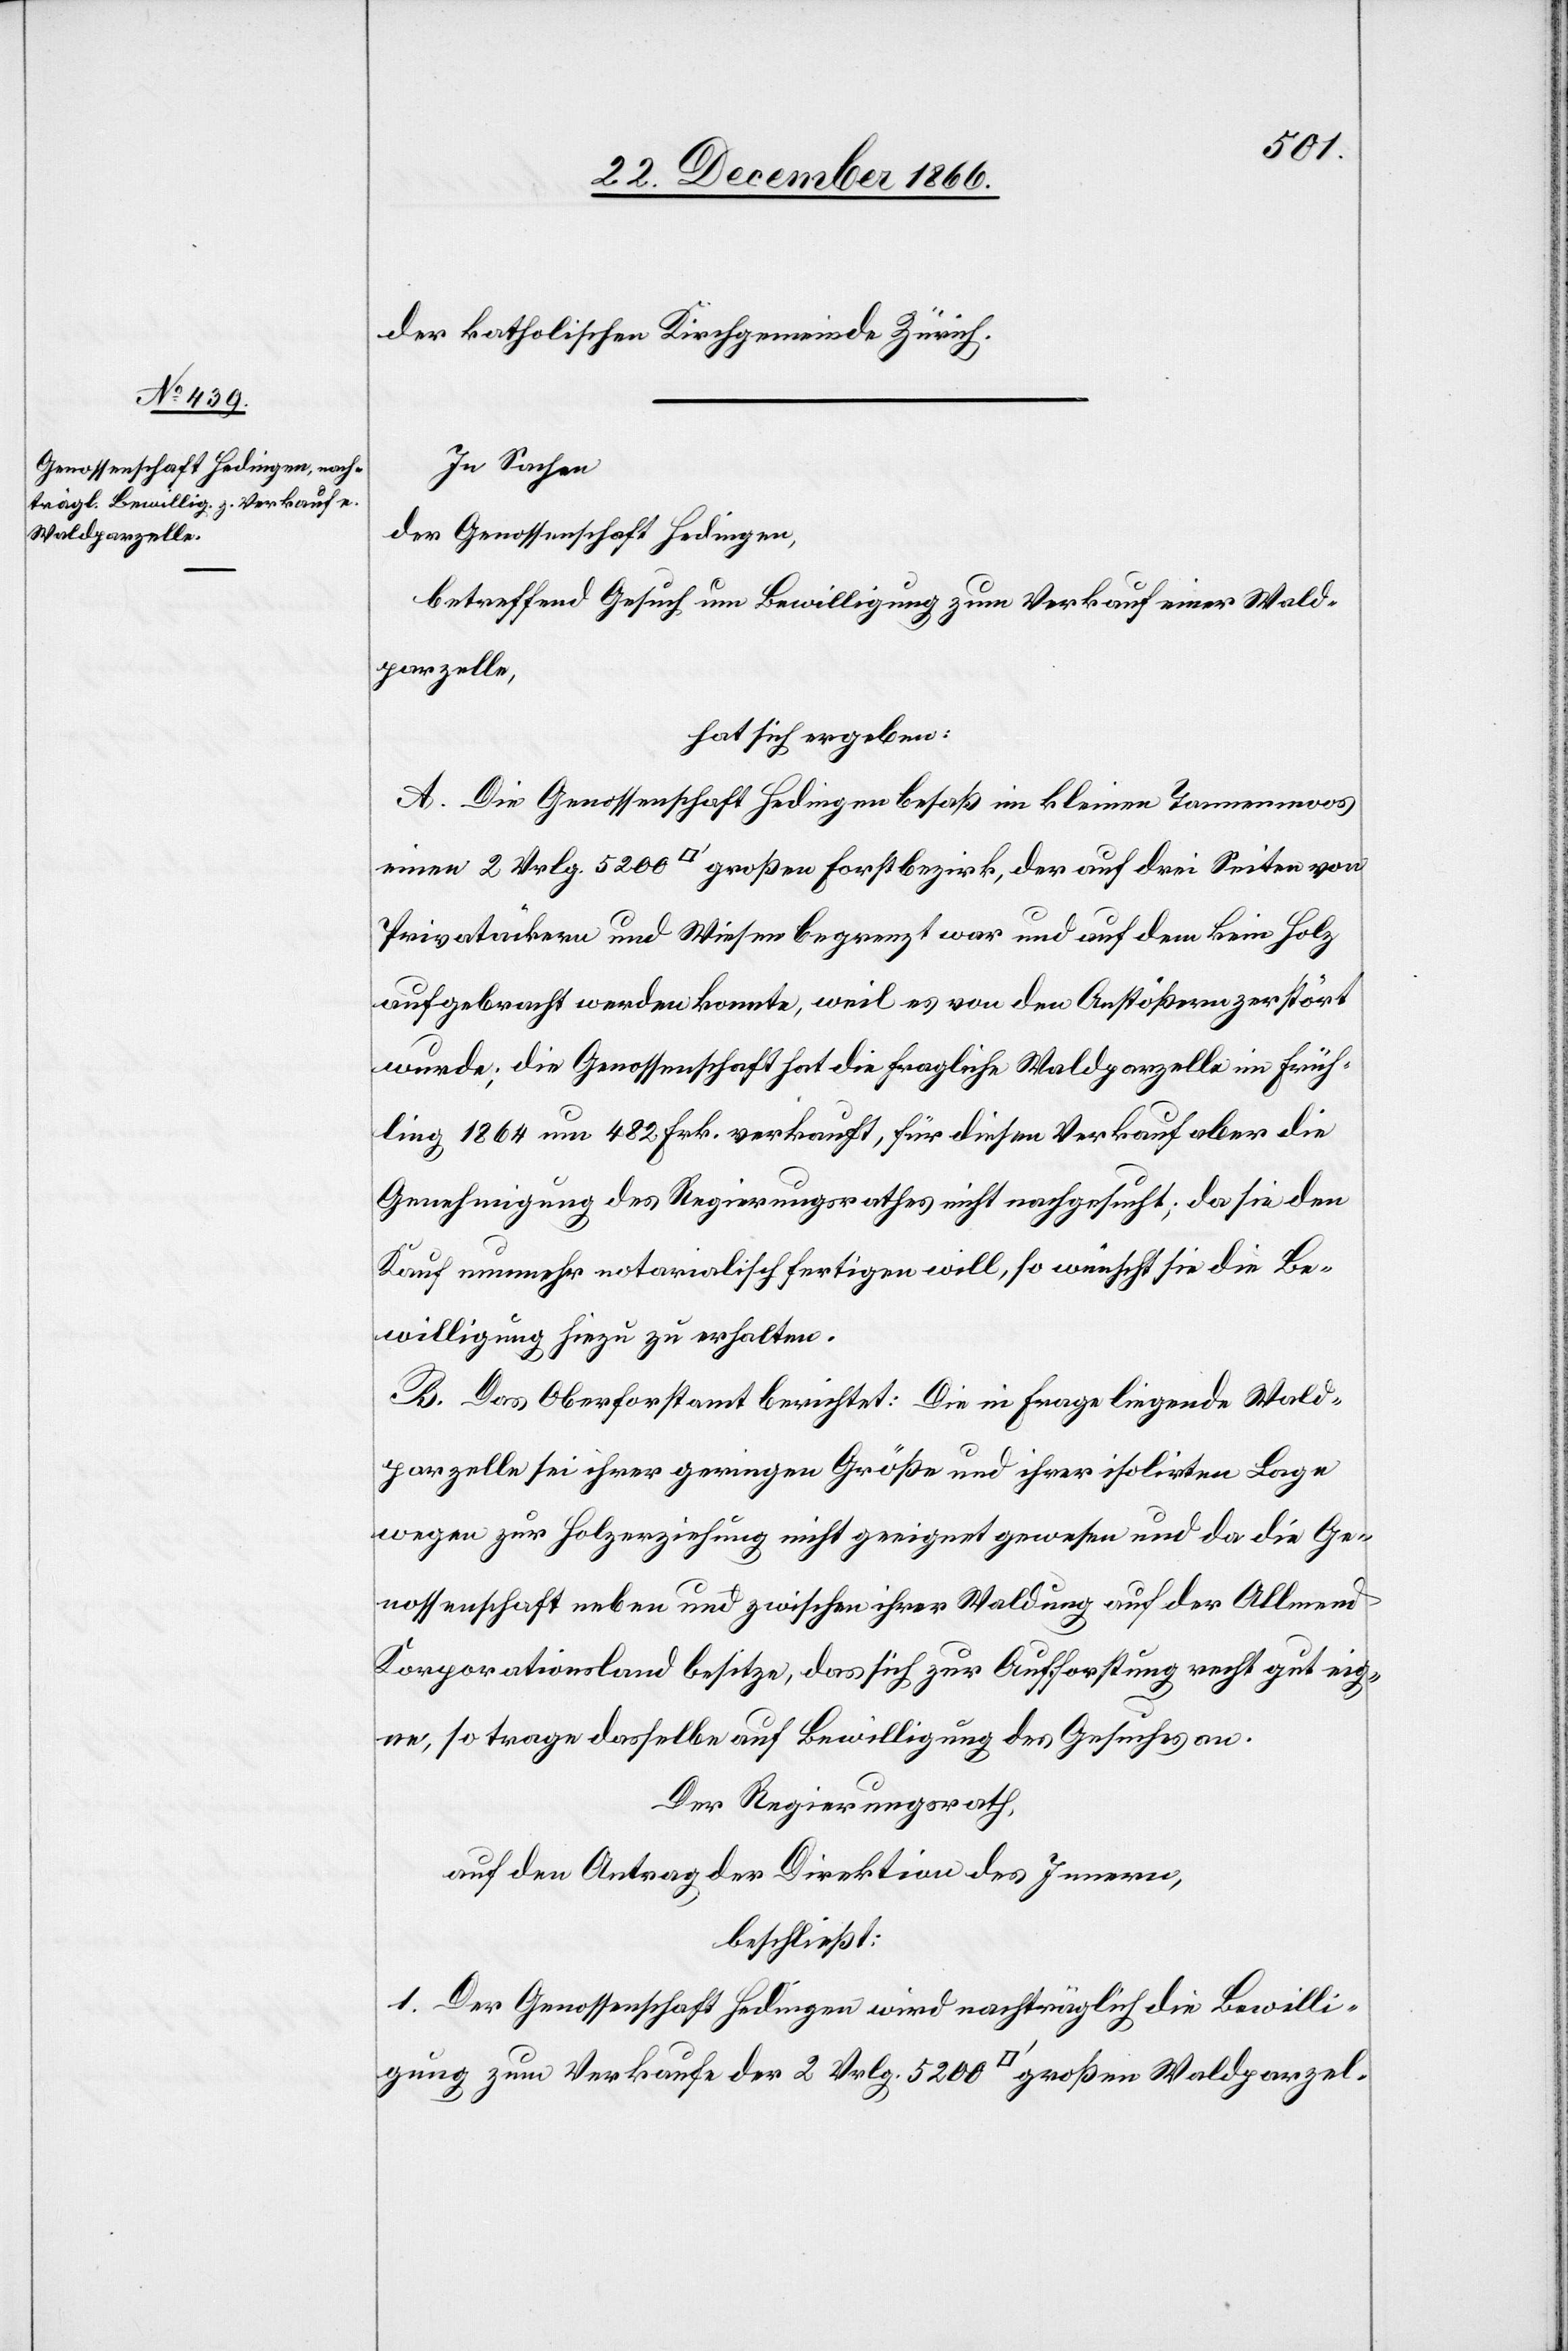
der katholischen Kirchgemeinde Zürich.
In Sachen
der Genossenschaft Hedingen,
betreffend Gesuch um Bewilligung zum Verkauf einer Wald¬
parzelle,
hat sich ergeben:
A. Die Genossenschaft Hedingen besaß im kleinen Tannenmoos
einen 2 Vrlg. 5200 [Quadratfuß] großen Forstbezirk, der auf drei Seiten von
Privatäckern und Wiesen begrenzt war und auf dem kein Holz
aufgebracht werden konnte, weil es von den Anstößern zerstört
wurde; die Genossenschaft hat die fragliche Waldparzelle im Früh¬
ling 1864 um 482 Frk. verkauft, für diesen Verkauf aber die
Genehmigung des Regierungsrathes nicht nachgesucht; da sie den
Kauf nunmehr notarialisch fertigen will, so wünscht sie die Be¬
willigung hiezu zu erhalten.
B. Das Oberforstamt berichtet: Die in Frage liegende Wald¬
parzelle sei ihrer geringen Größe und ihrer isolirten Lage
wegen zur Holzerziehung nicht geeignet gewesen und da die Ge¬
nossenschaft neben und zwischen ihrer Waldung auf der Allmend
Korporationsland besitze, das sich zur Aufforstung recht gut eig¬
ne, so trage dasselbe auf Bewilligung des Gesuches an.
Der Regierungsrath,
auf den Antrag der Direktion des Innern,
beschließt:
1. Derr Genossenschaft Hedingen wird nachträglich die Bewilli¬
gung zum Verkaufe der 2 Vrlg. 5200 [Quadratfuß] großen Waldparzel-